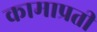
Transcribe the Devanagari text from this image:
कामाप्रती